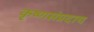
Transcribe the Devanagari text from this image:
कृष्णसंप्रदाय